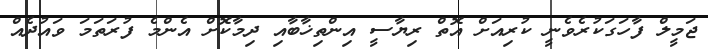
ޖަމީލް ފާހަގަކުރެވެނީ ކުރިއަށް އޮތް ރިޔާސީ އިންތިޚާބާއި ދިމާކޮށް އެންމެ ފުރަތަމަ ވައުދެއް